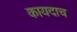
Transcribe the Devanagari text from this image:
कायदाच